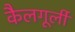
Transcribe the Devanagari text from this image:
कैलगूर्ली